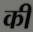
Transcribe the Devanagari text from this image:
की